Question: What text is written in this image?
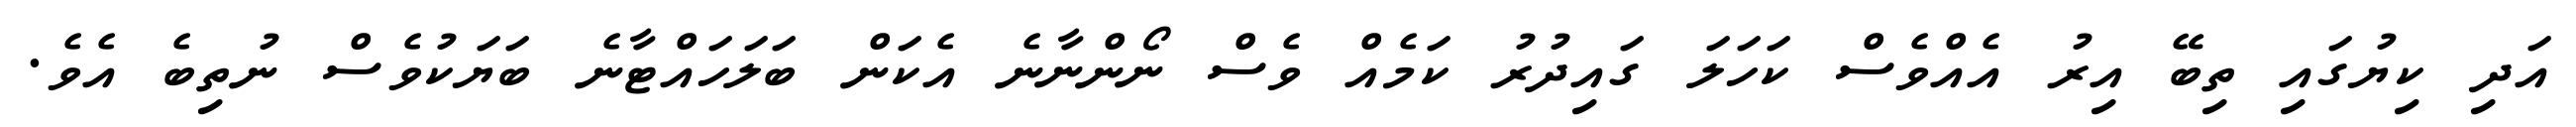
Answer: އަދި ކިޔުގައި ތިބޭ އިރު އެއްވެސް ކަހަލަ ގައިދުރު ކަމެއް ވެސް ނޯންނާނެ އެކަން ބަލަހައްޓާނެ ބަޔަކުވެސް ނުތިބެ އެވެ.